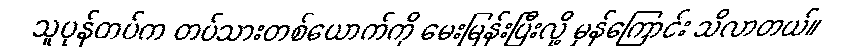
သူပုန်တပ်က တပ်သားတစ်ယောက်ကို မေးမြန်းပြီးလို့ မှန်ကြောင်း သိလာတယ်။